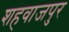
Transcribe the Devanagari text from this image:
शहवाजपुर